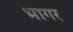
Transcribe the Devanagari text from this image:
भागर